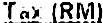
TAX (RM)